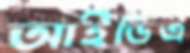
আইডিএ